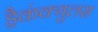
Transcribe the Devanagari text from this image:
ड्रैकंक्युलस